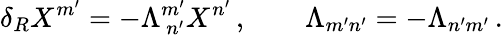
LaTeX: \delta_{R}X^{m^{\prime}}=-\Lambda_{\ n^{\prime}}^{m^{\prime}}X^{n^{\prime}}\, ,\qquad\Lambda_{m^{\prime}n^{\prime}}=-\Lambda_{n^{\prime}m^{\prime}}\, .